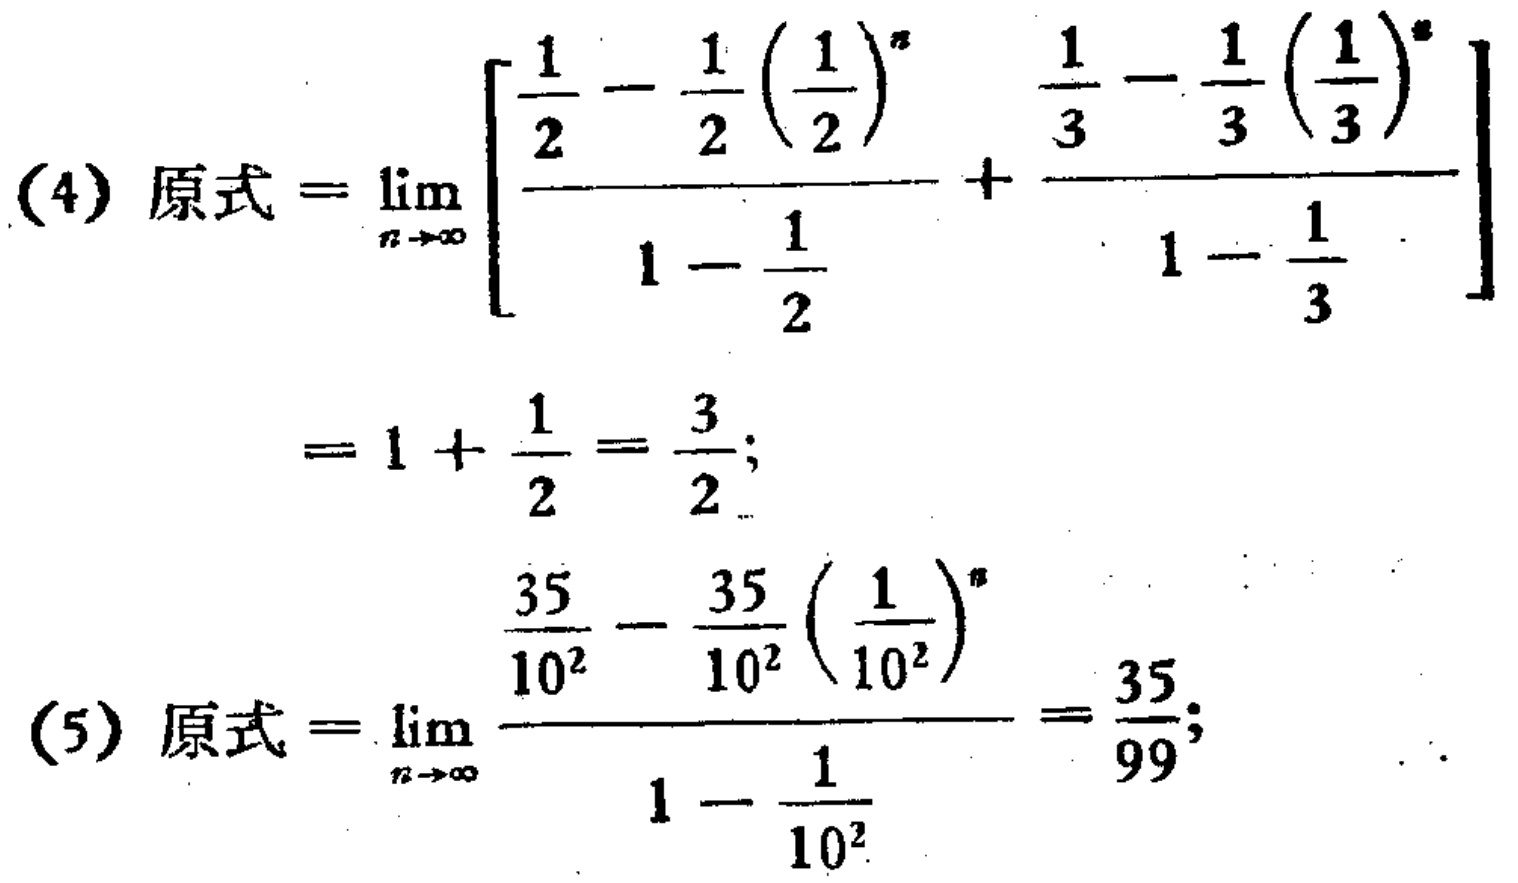
(4) 原式$=\lim_{n \to \infty} \left[\frac{\frac{1}{2} - \frac{1}{2} \left(\frac{1}{2}\right)^n}{1 - \frac{1}{2}} + \frac{\frac{1}{3} - \frac{1}{3} \left(\frac{1}{3}\right)^n}{1 - \frac{1}{3}}\right]$
$= 1 + \frac{1}{2} = \frac{3}{2}$;

(5) 原式$=\lim_{n \to \infty} \frac{\frac{35}{10^2} - \frac{35}{10^2} \left(\frac{1}{10^2}\right)^n}{1 - \frac{1}{10^2}} = \frac{35}{99}$;